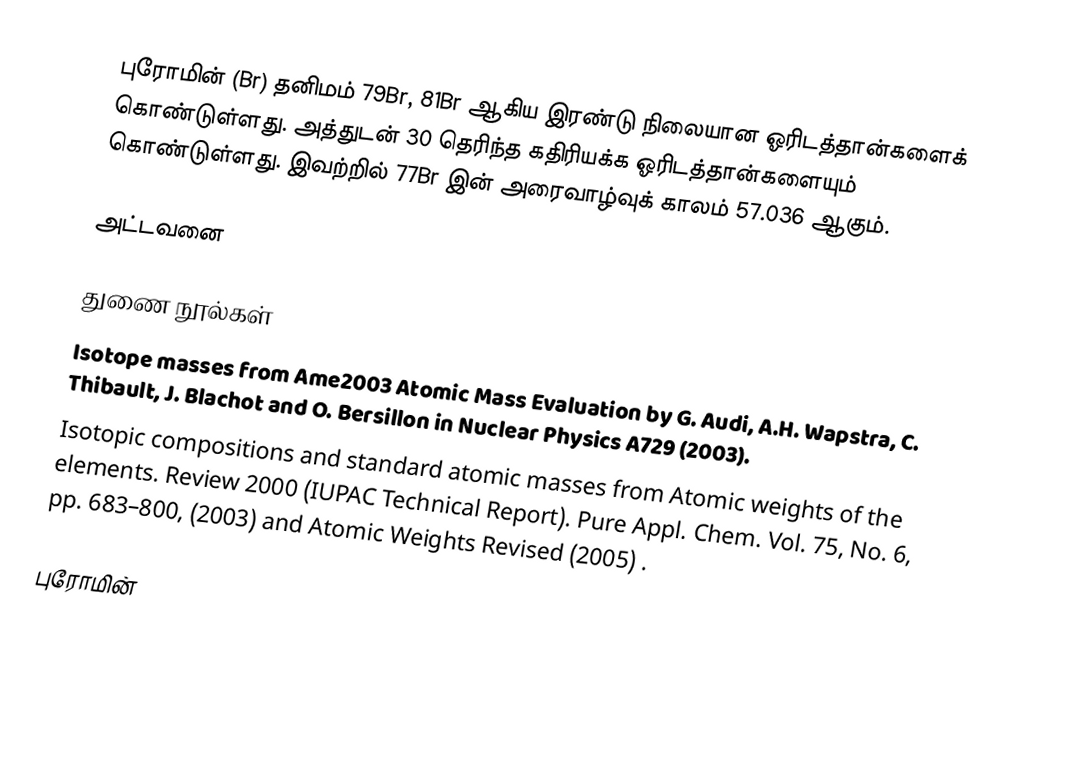
புரோமின் (Br) தனிமம் 79Br, 81Br ஆகிய இரண்டு நிலையான ஓரிடத்தான்களைக் கொண்டுள்ளது. அத்துடன் 30 தெரிந்த கதிரியக்க ஓரிடத்தான்களையும் கொண்டுள்ளது. இவற்றில் 77Br இன் அரைவாழ்வுக் காலம் 57.036 ஆகும்.

அட்டவனை

துணை நூல்கள்
 Isotope masses from Ame2003 Atomic Mass Evaluation  by G. Audi, A.H. Wapstra, C. Thibault, J. Blachot and O. Bersillon in Nuclear Physics A729 (2003).
 Isotopic compositions and standard atomic masses from Atomic weights of the elements. Review 2000 (IUPAC Technical Report). Pure Appl. Chem. Vol. 75, No. 6, pp. 683–800, (2003) and Atomic Weights Revised (2005) .

புரோமின்